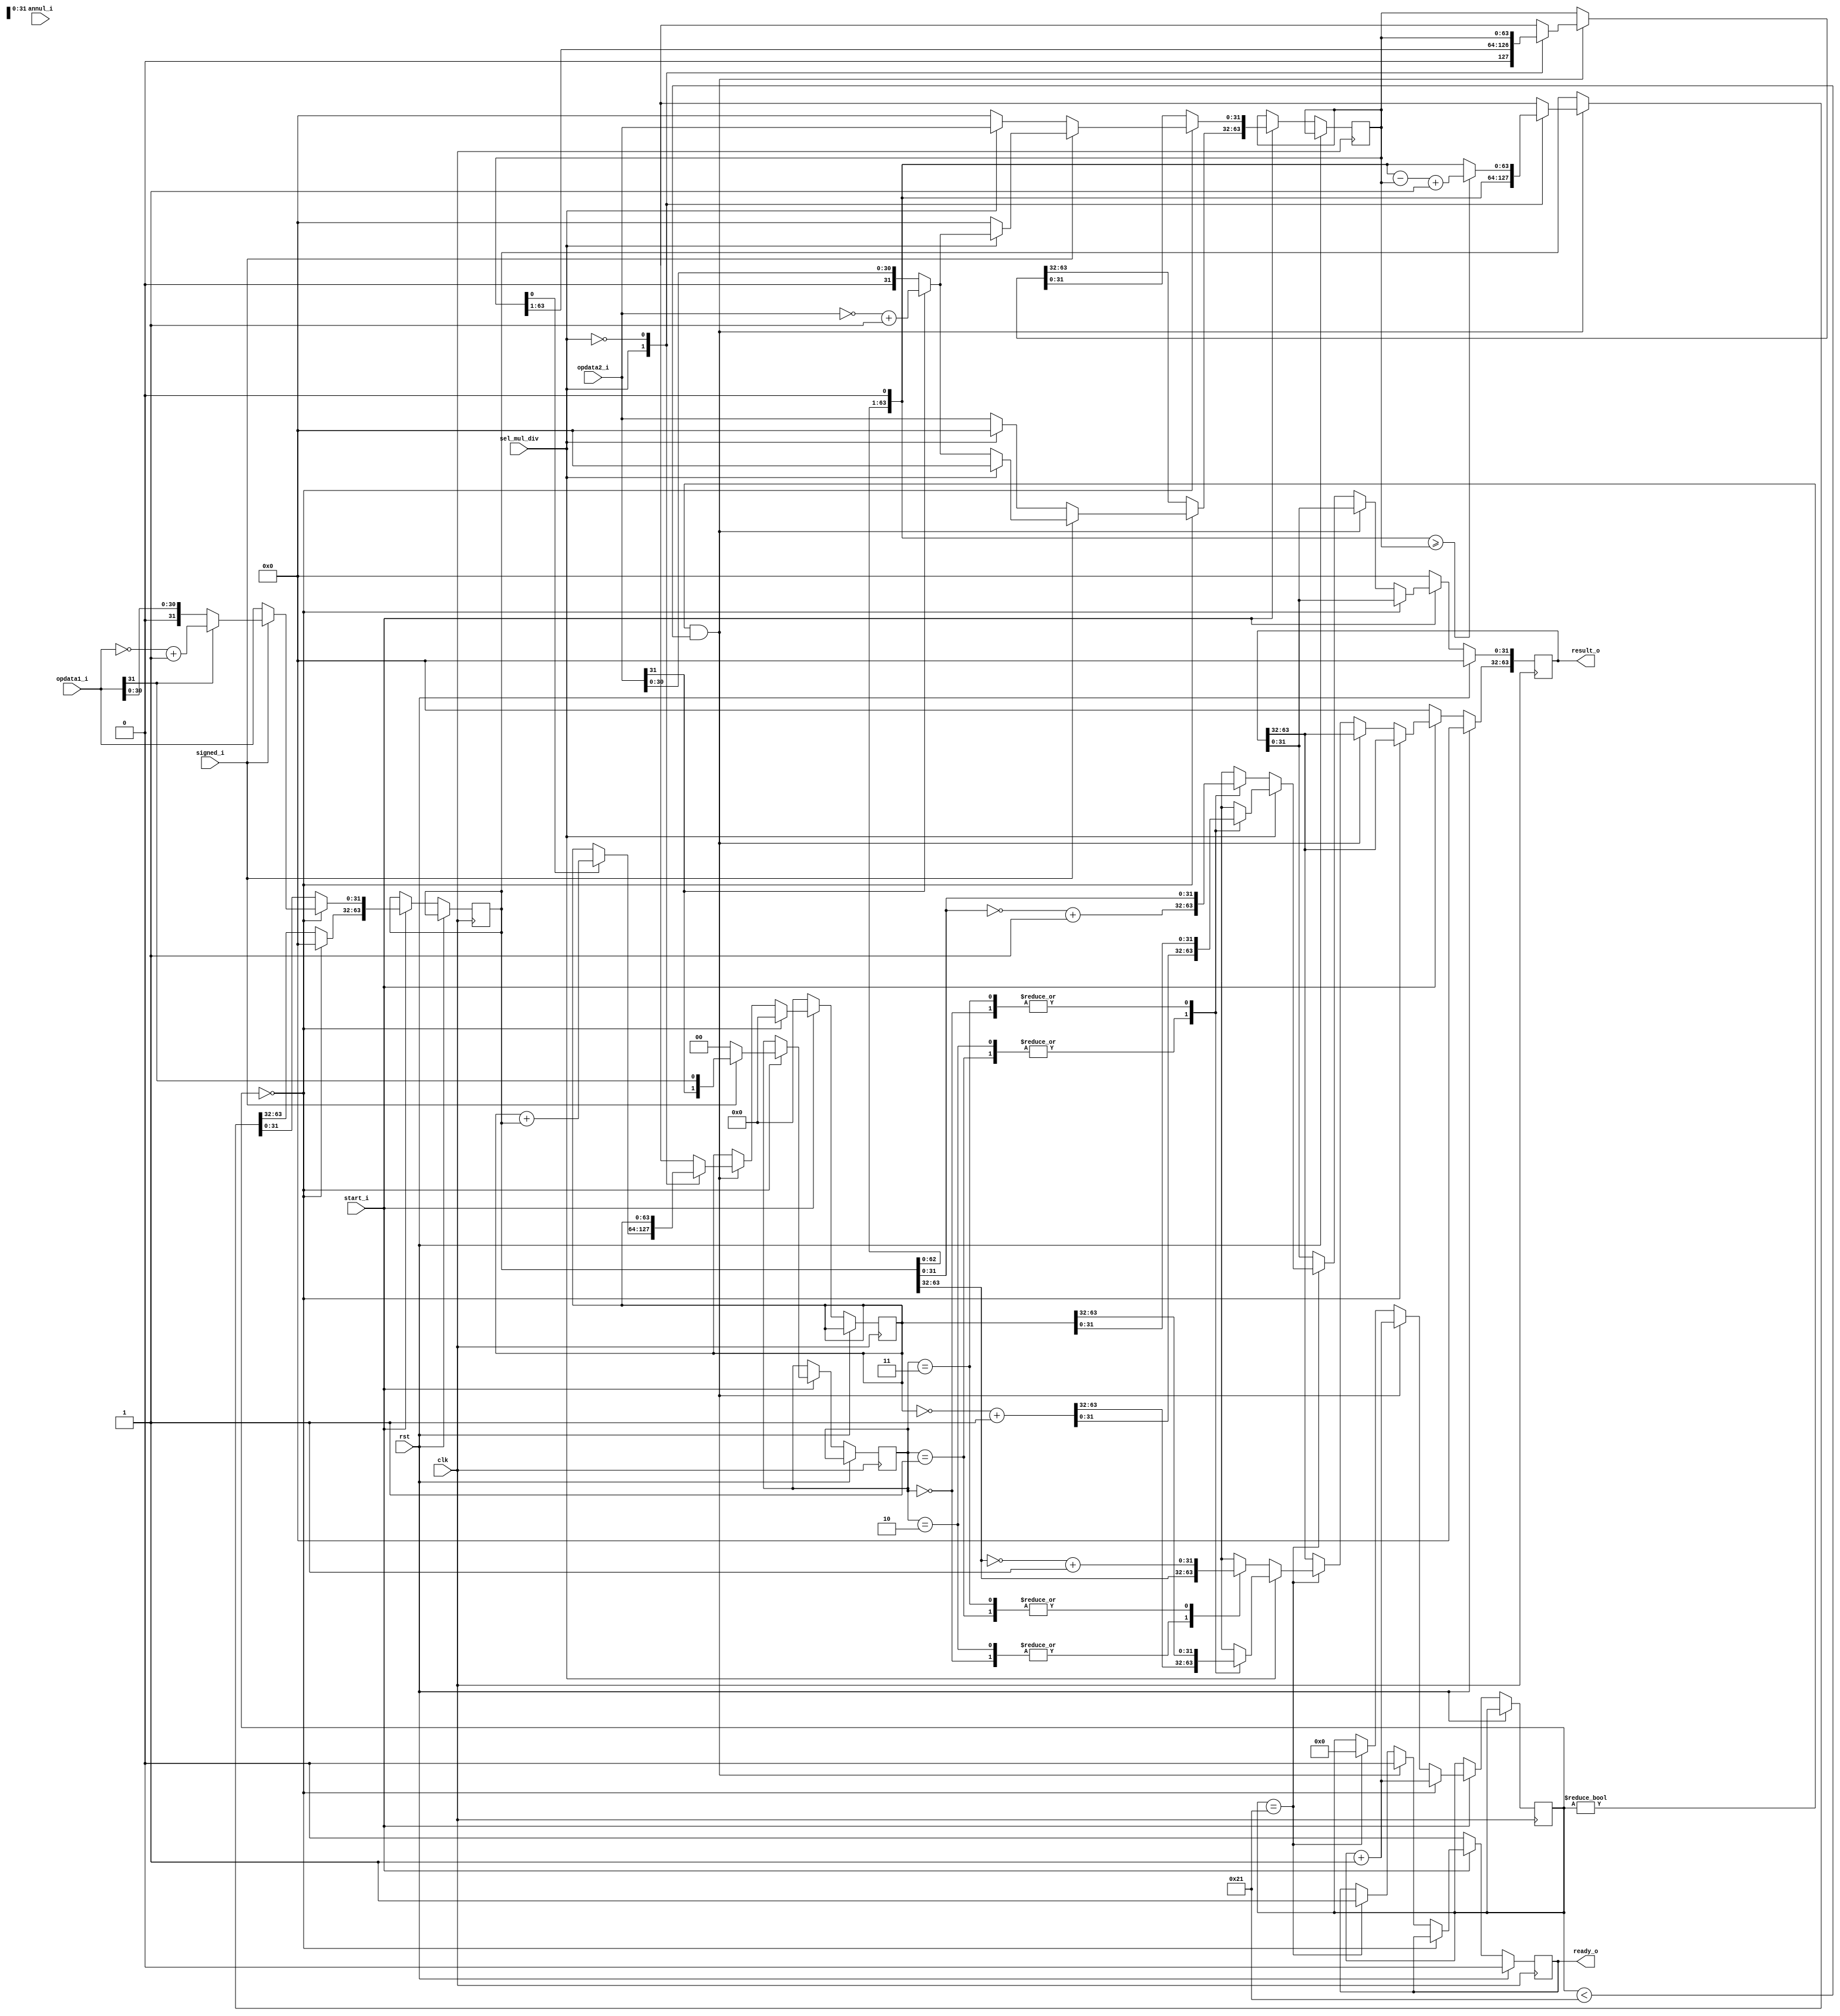
module mul_div(
	input wire rst,							//
	input wire clk,							//
	input wire sel_mul_div,                //,
	input wire signed_i,				//
	input wire[31:0] opdata1_i,				//1
	input wire[31:0] opdata2_i,				//2
	input wire start_i,						//
	input wire annul_i,						//
	output reg[63:0] result_o,				//
	output reg ready_o						//
    );

reg [5:0] op_num=6'd0;//
reg [5:0] temp_op_num=6'd0;

reg [63:0] temp_a,temp_b,temp_result; //
reg [31:0] store_a,store_b;
reg [31:0] abs_a,abs_b;//ab
reg [63:0] temp_temp_result=64'b0,temp_temp_a=64'b0,temp_temp_b=64'b0; //

reg [1:0] sign; //0112
reg [63:0] a_b;

always @ (posedge clk) begin
    if(rst) begin
    result_o <= 64'b0;
    ready_o <= 1'b0;
    end else begin
        if(start_i==0) begin //
        ready_o <= 1'b0;
        result_o <= 64'd0;
        temp_result <= 64'd0;
        end
        else if(start_i) begin//
            if(op_num == 6'd0) begin//
            //temp_op_num <= op_num + 6'd1;
            //op_num <= temp_op_num;
            op_num <= op_num + 6'd1;
            if(signed_i) begin //1
            //
                if(sel_mul_div==1'b1) begin //temp_b
                    temp_b[63:32] <= 32'b0;
                    temp_b[31:0] <= (opdata2_i[31]) ? {~opdata2_i+32'd1} : opdata2_i;
                end else begin
                    temp_b[63:32] <= (opdata2_i[31]) ? {~opdata2_i+32'd1} : opdata2_i;
                    temp_b[31:0] <= 32'b0;
                    //a-b
                    //a_b <= $signed({32'b0,(opdata1_i[31]) ? {~opdata1_i+1} : opdata1_i} << 1'd1 - {(opdata2_i[31]) ? {~opdata2_i+1} : opdata2_i ,32'b0});
                end
                sign <= {opdata2_i[31],opdata1_i[31]};
                temp_a[63:32] <= 32'b0;
                temp_a[31:0] <= (opdata1_i[31]) ? {~opdata1_i + 32'd1} : opdata1_i;
            end else begin //
                if(sel_mul_div==1'b1) begin //temp_b
                    temp_b[63:32] <= 32'b0;
                    temp_b[31:0] <= opdata2_i;
                end else begin
                    temp_b[63:32] <= opdata2_i;
                    temp_b[31:0] <= 32'b0;
                    //a-b
                    //a_b <= $signed({32'b0,opdata1_i} << 1'd1 - {opdata2_i,32'b0});
                end
                sign <= {opdata2_i[31],opdata1_i[31]};
                temp_a[63:32] <= 32'b0;
                temp_a[31:0] <= opdata1_i;
                sign <= 2'b0;
            end
            temp_result <= 64'b0;
            end
            else if(op_num!=0 && op_num<6'd33) begin //
//                        temp_op_num <= {op_num + 6'd1};
//                        op_num <= temp_op_num;
                        op_num <= op_num + 6'd1;
                        ready_o <= 1'b0;//
                        case (sel_mul_div)
                            1'b1:begin //
                                    if(temp_b[0] == 1'b1) begin //x
                                        //temp_temp_result <= {temp_result + temp_a};  //
                                        //temp_result <= temp_temp_result;
                                        temp_result = {temp_result + temp_a};
                                    end
                                    //
                                    temp_a = {temp_a<<1'd1};
                                    temp_b = {temp_b>>1'd1};
                                end
                            1'b0:begin //
                                    temp_a = temp_a<<1;
                                    if(temp_a >= temp_b) 
			                             temp_a = temp_a - temp_b + 1'b1;
                                    else 
			                             temp_a = temp_a;
                                    //temp_a <= (temp_a >= temp_b) ? (temp_a - temp_b + 64'd1) : {temp_a<<1'd1};
                                    
                                end
                        endcase
            end
            else if(op_num==6'd33)begin //
                ready_o <= 1'b1;
                op_num <= 6'd0; //op_num0
                if(sel_mul_div==1'b1) begin //
                    case(sign) //
                        2'b00:begin //
                            result_o <= temp_result;
                        end
                        2'b01:begin
                            result_o <= {~temp_result + 1'd1};
                        end
                        2'b10:begin
                            result_o <= {~temp_result + 1'd1};
                        end
                        2'b11:begin
                            result_o <= temp_result;
                        end
                    endcase
                end
                else begin //
                    case(sign) //
                        2'b00:begin //
                            result_o <= temp_a;
                        end
                        2'b01:begin
                            result_o[31:0] <= {~temp_a[31:0] + 32'd1};
                            result_o[63:32] <= {~temp_a[63:32] + 32'd1};
                        end
                        2'b10:begin
                            result_o[31:0] <= {~temp_a[31:0] + 32'd1};
                            result_o[63:32] <= temp_a[63:32];
                        end
                        2'b11:begin
                             result_o[31:0] <= temp_a[31:0];
                             result_o[63:32] <= {~temp_a[63:32] + 32'd1};
                        end
                    endcase
                end
            end
        end
    end
end

endmodule